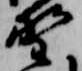
野